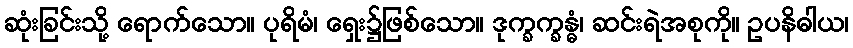
ဆုံးခြင်းသို့ ရောက်သော။ ပုရိမံ၊ ရှေး၌ဖြစ်သော။ ဒုက္ခက္ခန္ဓံ၊ ဆင်းရဲအစုကို။ ဥပနိဓါယ၊